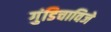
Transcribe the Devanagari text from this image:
गुंडिचाविजे